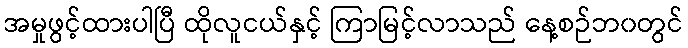
အမှုဖွင့်ထားပါပြီ ထိုလူငယ်နှင့် ကြာမြင့်လာသည် နေ့စဉ်ဘ၀တွင်